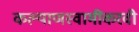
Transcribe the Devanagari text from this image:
कल्याणस्वामींकरवी